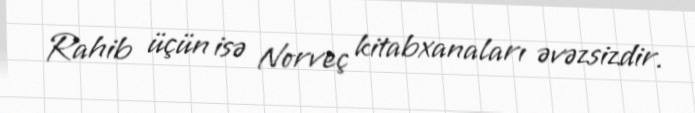
Rahib üçün isə Norveç kitabxanaları əvəzsizdir.